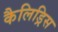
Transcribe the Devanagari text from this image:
कैलिड्रिस